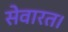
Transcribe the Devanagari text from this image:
सेवारत।